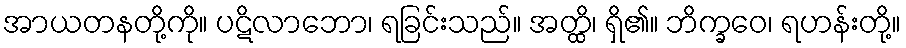
အာယတနတို့ကို။ ပဋိလာဘော၊ ရခြင်းသည်။ အတ္ထိ၊ ရှိ၏။ ဘိက္ခဝေ၊ ရဟန်းတို့။